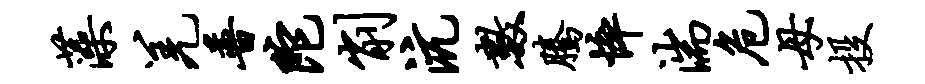
藻羌普陀削沆数腾悴湍危母投